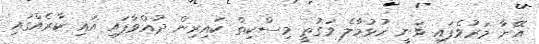
އޭނާ މަރުވެފައި ވަނީ ހުޅުމާލެ ވަގުތީ މިސްކިތް ކައިރިން ދުއްވާފައި އައި ކާރެއްގައި